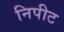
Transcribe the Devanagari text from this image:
निपीट